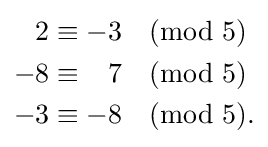
{\begin{aligned}2&\equiv -3{\pmod {5}}\\-8&\equiv {\phantom {+}}7{\pmod {5}}\\-3&\equiv -8{\pmod {5}}.\end{aligned}}